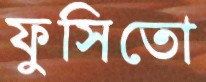
ফুসিতো